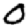
Digit: 0